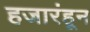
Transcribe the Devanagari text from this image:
हजारंहून